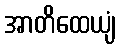
အာတိထေယျံ